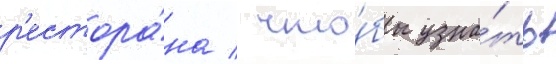
р'естора́на / что́бы узна́ть